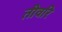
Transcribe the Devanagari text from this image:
तीवरि